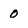
Character: 0